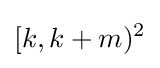
[k,k+m)^{2}